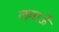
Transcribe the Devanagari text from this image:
लगाऊँ